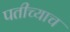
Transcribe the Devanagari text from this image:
पतीच्याच